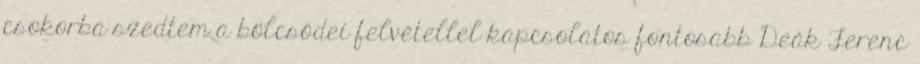
csokorba szedtem a bölcsődei felvétellel kapcsolatos fontosabb Deák Ferenc